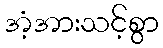
အံ့အားသင့်စွာ